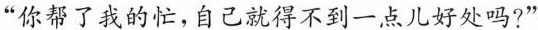
”你帮了我的忙，自己就得不到一点儿好处吗?”